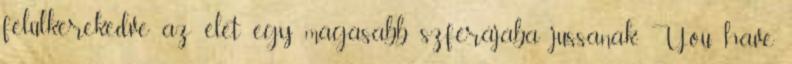
felülkerekedve az élet egy magasabb szférájába jussanak. You have